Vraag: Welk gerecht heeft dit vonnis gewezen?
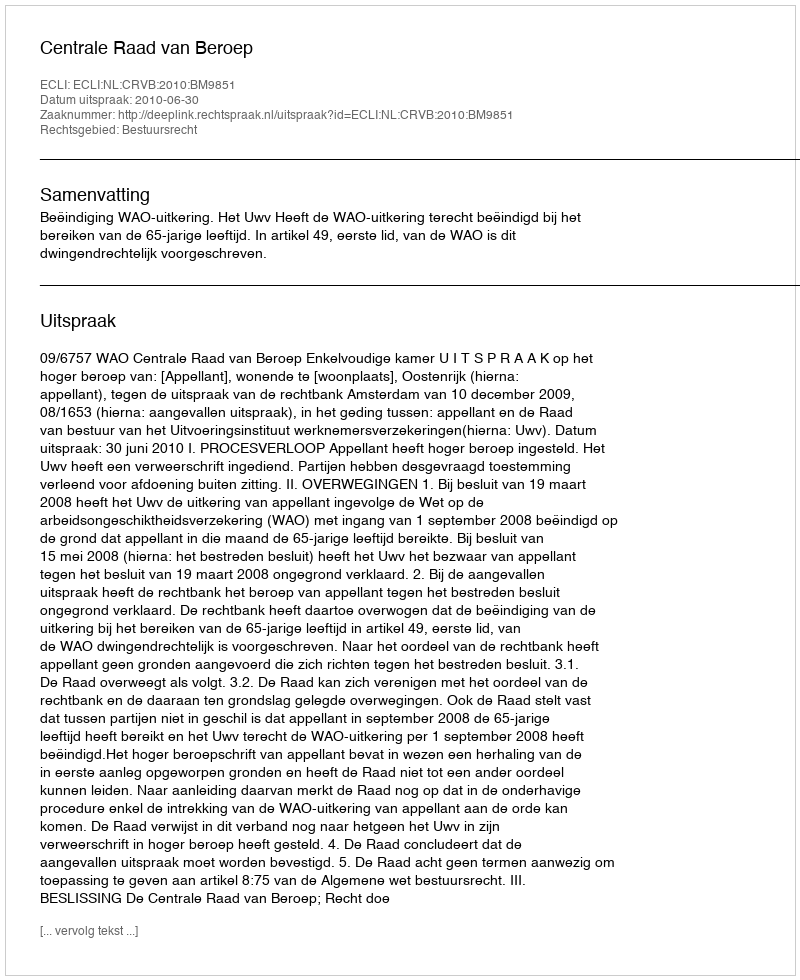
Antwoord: Centrale Raad van Beroep